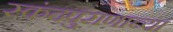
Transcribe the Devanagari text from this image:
स्कंदपुराणाच्या